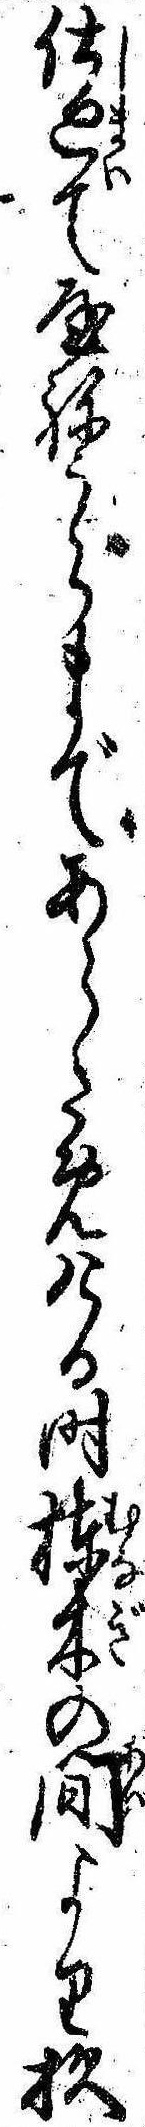
仕廻て屋ねうらまであらためける時棟木の間より杉